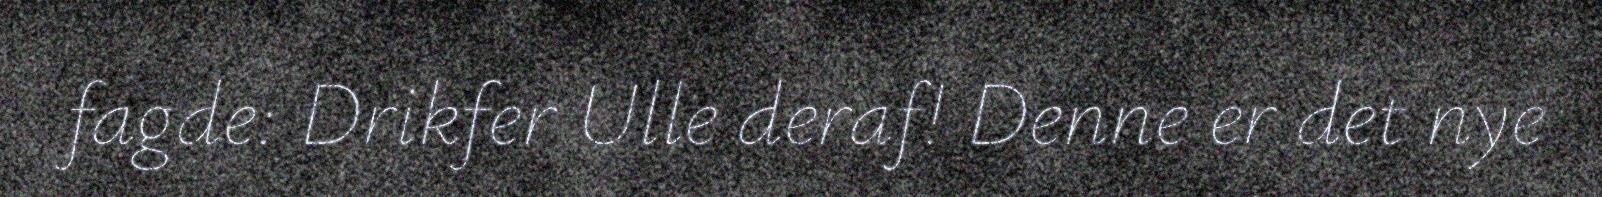
fagde: Drikfer Ulle deraf! Denne er det nye